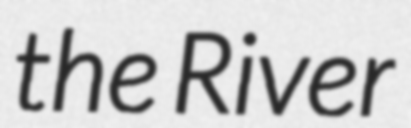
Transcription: the River